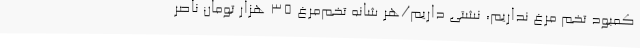
کمبود تخم مرغ نداریم، نشتی داریم/هر شانه تخم‌مرغ 35 هزار تومان ناصر